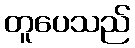
တူပေသည်